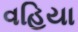
વહિયા